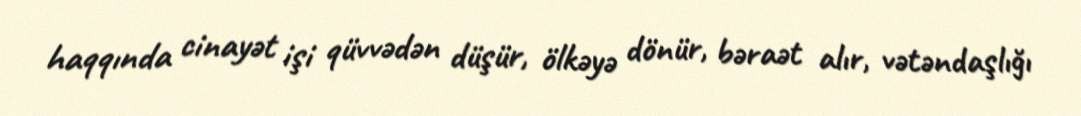
haqqında cinayət işi qüvvədən düşür, ölkəyə dönür, bəraət alır, vətəndaşlığı